Civil Veterinary Department Bihar & Orissa reports 1911-21 - 1911-1921
Year: 1911
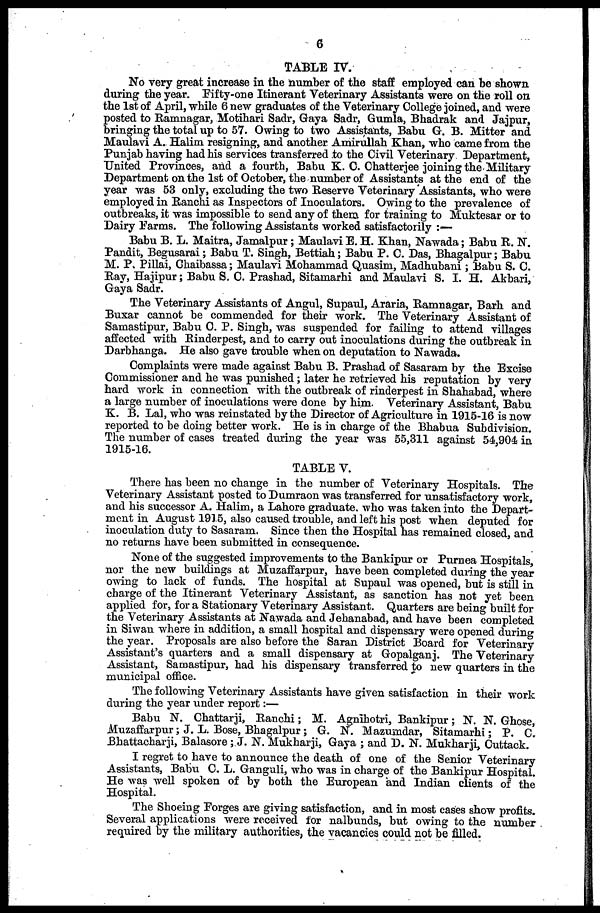
6
TABLE IV.
No very great increase in the number of the staff employed can be shown
during the year. Fifty-one Itinerant Veterinary Assistants were on the roll on
the 1st of April, while 6 new graduates of the Veterinary College joined, and were
posted to Ramnagar, Motihari Sadr, Gaya Sadr, Gumla, Bhadrak and Jajpur,
bringing the total up to 57. Owing to two Assistants, Babu G. B. Mitter and
Maulavi A. Halim resigning, and another Amirullah Khan, who came from the
Punjab having had his services transferred to the Civil Veterinary Department,
United Provinces, and a fourth, Babu K. C. Chatterjee joining the Military
Department on the 1st of October, the number of Assistants at the end of the
year was 53 only, excluding the two Reserve Veterinary Assistants, who were
employed in Ranchi as Inspectors of Inoculators. Owing to the prevalence of
outbreaks, it was impossible to send any of them for training to Muktesar or to
Dairy Farms. The following Assistants worked satisfactorily :—
Babu B. L. Maitra, Jamalpur ; Maulavi E. H. Khan, Nawada; Babu R. N.
Pandit, Begusarai; Babu T. Singh, Bettiah; Babu P. C. Das, Bhagalpur; Babu
M. P. Pillai, Ghaibassa; Maulavi Mohammad Quasim, Madhubani ; Babu S. C.
Ray, Hajipur; Babu S. C. Prashad, Sitamarhi and Maulavi S. I. H. Akbari,
Gaya Sadr.
The Veterinary Assistants of Angul, Supaul, Araria, Ramnagar, Barh and
Buxar cannot be commended for their work. The Veterinary Assistant of
Samastipur, Babu C. P. Singh, was suspended for failing to attend villages
affected with Rinderpest, and to carry out inoculations during the outbreak in
Darbhanga. He also gave trouble when on deputation to Nawada.
Complaints were made against Babu B. Prashad of Sasaram by the Excise
Commissioner and he was punished ; later he retrieved his reputation by very
hard work in connection with the outbreak of rinderpest in Shahabad, where
a large number of inoculations were done by him. Veterinary Assistant, Babu
K. B. Lal, who was reinstated by the Director of Agriculture in 1915-16 is now
reported to be doing better work. He is in charge of the Bhabua Subdivision.
The number of cases treated during the year was 55,311 against 54,904 in
1915-16.
TABLE V.
There has been no change in the number of Veterinary Hospitals. The
Veterinary Assistant posted to Dumraon was transferred for unsatisfactory work,
and his successor A. Halim, a Lahore graduate who was taken into the Depart-
ment in August 1915, also caused trouble, and left his post when deputed for
inoculation duty to Sasaram. Since then the Hospital has remained closed, and
no returns have been submitted in consequence.
None of the suggested improvements to the Bankipur or Purnea Hospitals,
nor the new buildings at Muzaffarpur, have been completed during the year
owing to lack of funds. The hospital at Supaul was opened, but is still in
charge of the Itinerant Veterinary Assistant, as sanction has not yet been
applied for, for a Stationary Veterinary Assistant. Quarters are being built for
the Veterinary Assistants at Nawada and Jehanabad, and have been completed
in Siwan where in addition, a small hospital and dispensary were opened during
the year. Proposals are also before the Saran District Board for Veterinary
Assistant's quarters and a small dispensary at Gopalganj. The Veterinary
Assistant, Samastipur, had his dispensary transferred to new quarters in the
municipal office.
The following Veterinary Assistants have given satisfaction in their work
during the year under report:—
Babu N. Chattarji, Ranchi; M. Agnihotri, Bankipur; N. N. Ghose,
Muzaffarpur; J. L. Bose, Bhagalpur; G. N. Mazumdar, Sitamarhi; P. C.
Bhattacharji, Balasore ; J. N. Mukharji, Gaya ; and D. N. Mukharji, Cuttack.
I regret to have to announce the death of one of the Senior Veterinary
Assistants, Babu C. L. Ganguli, who was in charge of the Bankipur Hospital.
He was well spoken of by both the European and Indian clients of the
Hospital.
The Shoeing Forges are giving satisfaction, and in most cases show profits.
Several applications were received for nalbunds, but owing to the number
required by the military authorities, the vacancies could not be filled.